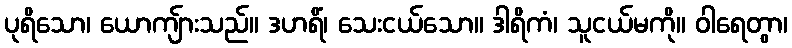
ပုရိသော၊ ယောကျ်ားသည်။ ဒဟရိံ၊ သေးငယ်သော။ ဒါရိကံ၊ သူငယ်မကို။ ဝါရေတွာ၊